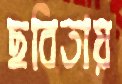
ছবিতায়